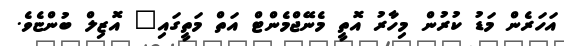
އަހަރެން މަޑު ކުރުން މިހާރު އޮތީ މެނޭޖްމެންޓް އަތް މަތީގައި" އޮޒިލް ބުންޏެވެ.